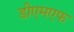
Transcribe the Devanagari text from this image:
डीएमएफ